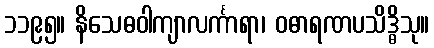
၁၁၉၅။ နိသေဓဝါကျာလင်္ကာရာ၊ ဝဓာရဏပသိဒ္ဓိသု။